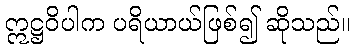
ဣဋ္ဌဝိပါက ပရိယာယ်ဖြစ်၍ ဆိုသည်။